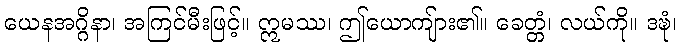
ယေနအဂ္ဂိနာ၊ အကြင်မီးဖြင့်။ ဣမဿ၊ ဤယောကျ်ား၏။ ခေတ္တံ၊ လယ်ကို။ ဒဍ္ဎံ၊